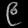
Digit: ၉